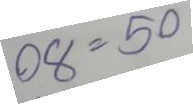
08 = 50